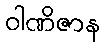
ဝါဏိဇာန